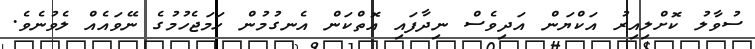
ސުވާލު ކޮށްލިއިރު އަކްޔަން އަދިވެސް ނިދާފައި އޮތްކަން އެނގުމުން ހަމަޖެހުމުގެ ނޭވައެއް ލެވުނެވެ.